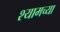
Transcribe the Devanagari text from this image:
श्यामच्या